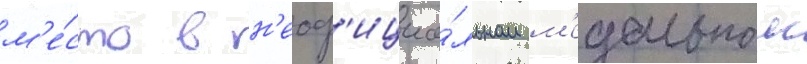
м'е́сто в н'еоф'ициа́льном м'едальном